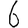
Digit: 6